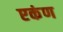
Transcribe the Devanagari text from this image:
एकंण